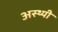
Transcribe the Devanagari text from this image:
अस्थ्यी